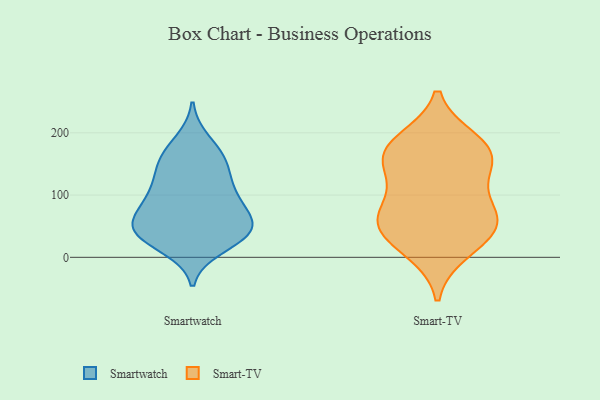
{"axis": {"x": "Net Income (USD K)", "y": "Value"}, "legend": ["Smart-TV", "Smartwatch"], "data": [{"x": "", "y": 45, "type": "Smartwatch"}, {"x": "", "y": 29, "type": "Smartwatch"}, {"x": "", "y": 90, "type": "Smartwatch"}, {"x": "", "y": 145, "type": "Smartwatch"}, {"x": "", "y": 57, "type": "Smartwatch"}, {"x": "", "y": 55, "type": "Smartwatch"}, {"x": "", "y": 112, "type": "Smartwatch"}, {"x": "", "y": 30, "type": "Smartwatch"}, {"x": "", "y": 148, "type": "Smartwatch"}, {"x": "", "y": 84, "type": "Smartwatch"}, {"x": "", "y": 92, "type": "Smartwatch"}, {"x": "", "y": 110, "type": "Smartwatch"}, {"x": "", "y": 152, "type": "Smartwatch"}, {"x": "", "y": 170, "type": "Smartwatch"}, {"x": "", "y": 47, "type": "Smartwatch"}, {"x": "", "y": 16, "type": "Smartwatch"}, {"x": "", "y": 187, "type": "Smartwatch"}, {"x": "", "y": 42, "type": "Smartwatch"}, {"x": "", "y": 49, "type": "Smartwatch"}, {"x": "", "y": 175, "type": "Smart-TV"}, {"x": "", "y": 58, "type": "Smart-TV"}, {"x": "", "y": 67, "type": "Smart-TV"}, {"x": "", "y": 57, "type": "Smart-TV"}, {"x": "", "y": 155, "type": "Smart-TV"}, {"x": "", "y": 61, "type": "Smart-TV"}, {"x": "", "y": 110, "type": "Smart-TV"}, {"x": "", "y": 151, "type": "Smart-TV"}, {"x": "", "y": 170, "type": "Smart-TV"}, {"x": "", "y": 186, "type": "Smart-TV"}, {"x": "", "y": 30, "type": "Smart-TV"}, {"x": "", "y": 11, "type": "Smart-TV"}]}